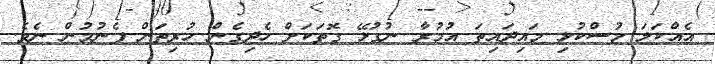
އެއްކަލަ މުސްކުޅި މައިދައިތަ އުމުރާ ނުގުޅޭ ގޮތަކަށް ހެދިގެން ހުރިތަން ފެނުމުން ނެވެ.